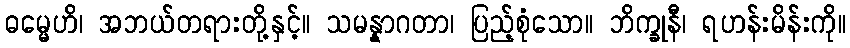
ဓမ္မေဟိ၊ အဘယ်တရားတို့နှင့်။ သမန္နာဂတာ၊ ပြည့်စုံသော။ ဘိက္ခုနီ၊ ရဟန်းမိန်းကို။